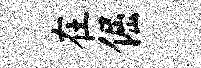
在倔